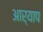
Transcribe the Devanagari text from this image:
आर्याप